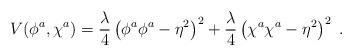
LaTeX: \begin{align*}V(\phi^a,\chi^a)=\frac{\lambda}4\left(\phi^a\phi^a-\eta^2\right)^2+\frac{\lambda}4\left(\chi^a\chi^a-\eta^2\right)^2 \ .\end{align*}